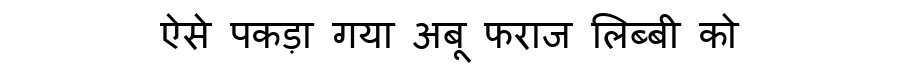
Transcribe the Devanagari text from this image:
ऐसे पकड़ा गया अबू फराज लिब्बी को